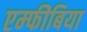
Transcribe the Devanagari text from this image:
एम्‍फीबिया